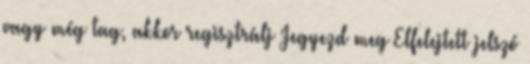
vagy még tag, akkor regisztrálj Jegyezd meg Elfelejtett jelszó